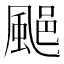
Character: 𩗥